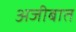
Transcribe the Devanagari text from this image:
अजीबात